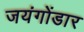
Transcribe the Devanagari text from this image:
जयंगोंडार